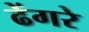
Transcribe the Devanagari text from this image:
ढेंगरे